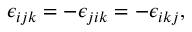
\epsilon _ { i j k } = - \epsilon _ { j i k } = - \epsilon _ { i k j } ,